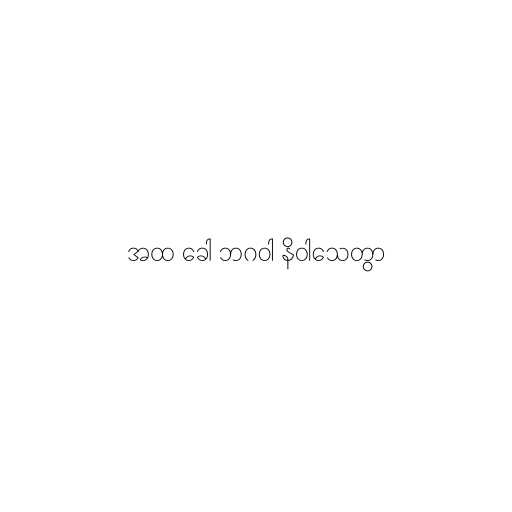
အထ ခေါ ဘဂဝါ နိဝါသေတွာ